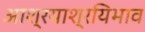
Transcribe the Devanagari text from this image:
आश्रयाश्रयिभाव